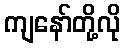
ကျနော်တို့လို